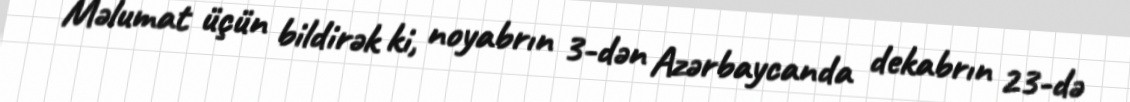
Məlumat üçün bildirək ki, noyabrın 3-dən Azərbaycanda dekabrın 23-də